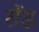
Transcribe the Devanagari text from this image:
रोंड